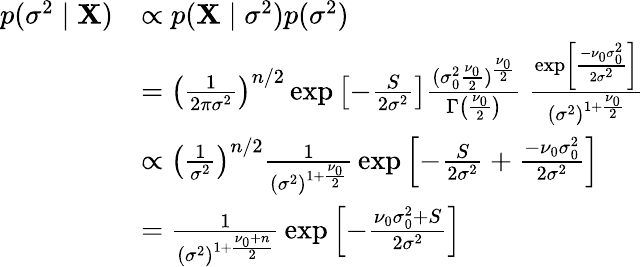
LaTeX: {\begin{array}{rl}{p(\sigma^{2}\mid\mathbf{X})}&{\propto p(\mathbf{X}\mid\sigma^{2})p(\sigma^{2})}\\ &{=\left({\frac{1}{2\pi\sigma^{2}}}\right)^{n/2}\exp\left[-{\frac{S}{2\sigma^{2}}}\right]{\frac{(\sigma_{0}^{2}{\frac{\nu_{0}}{2}})^{\frac{\nu_{0}}{2}}}{\Gamma\left({\frac{\nu_{0}}{2}}\right)}}~{\frac{\exp\left[{\frac{-\nu_{0}\sigma_{0}^{2}}{2\sigma^{2}}}\right]}{(\sigma^{2})^{1+{\frac{\nu_{0}}{2}}}}}}\\ &{\propto\left({\frac{1}{\sigma^{2}}}\right)^{n/2}{\frac{1}{(\sigma^{2})^{1+{\frac{\nu_{0}}{2}}}}}\exp\left[-{\frac{S}{2\sigma^{2}}}+{\frac{-\nu_{0}\sigma_{0}^{2}}{2\sigma^{2}}}\right]}\\ &{={\frac{1}{(\sigma^{2})^{1+{\frac{\nu_{0}+n}{2}}}}}\exp\left[-{\frac{\nu_{0}\sigma_{0}^{2}+S}{2\sigma^{2}}}\right]}\end{array}}